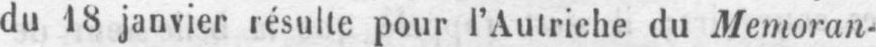
du 18 janvier résulte pour l’Autriche du Memoran-